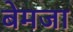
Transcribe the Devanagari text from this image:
बेमजा